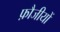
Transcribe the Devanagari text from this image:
फ़ौजीयों